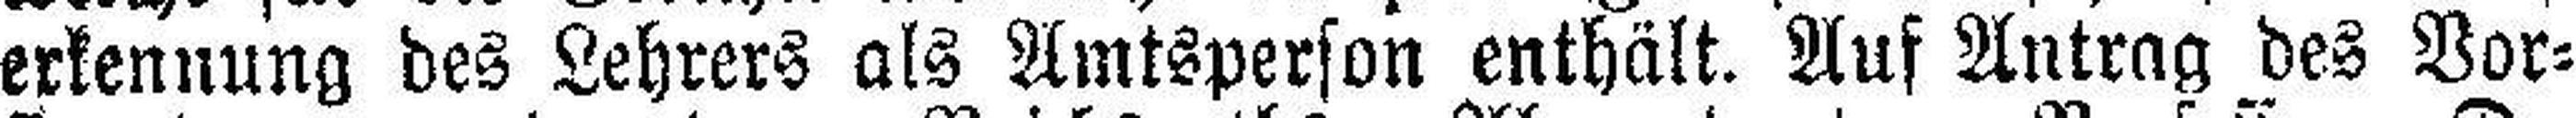
erkennung des Lehrers als Amtsperson enthält. Auf Antrag des Vor¬